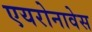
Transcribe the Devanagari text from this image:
एयरोनावेस